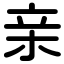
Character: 亲